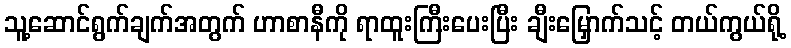
သူ့ဆောင်ရွက်ချက်အတွက် ဟာစာနီကို ရာထူးကြီးပေးပြီး ချီးမြှောက်သင့် တယ်ကွယ်ရို့